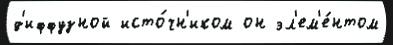
д'иффузной исто́чн'иком он эл'ем'е́нтом